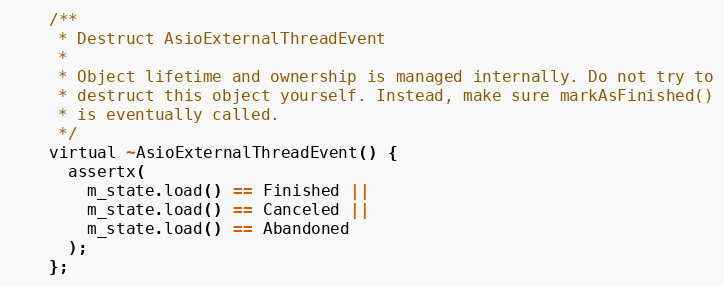
Language: C
    /**
     * Destruct AsioExternalThreadEvent
     *
     * Object lifetime and ownership is managed internally. Do not try to
     * destruct this object yourself. Instead, make sure markAsFinished()
     * is eventually called.
     */
    virtual ~AsioExternalThreadEvent() {
      assertx(
        m_state.load() == Finished ||
        m_state.load() == Canceled ||
        m_state.load() == Abandoned
      );
    };